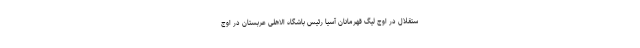
ستقلال در اوج لیگ قهرمانان آسیا رئیس باشگاه الاهلی عربستان در اوج